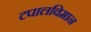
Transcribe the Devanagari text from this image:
टपालविमान